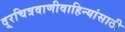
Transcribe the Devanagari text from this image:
दूरचित्रवाणीवाहिन्यांसाठी